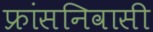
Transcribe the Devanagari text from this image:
फ्रांसनिवासी